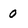
Character: 0